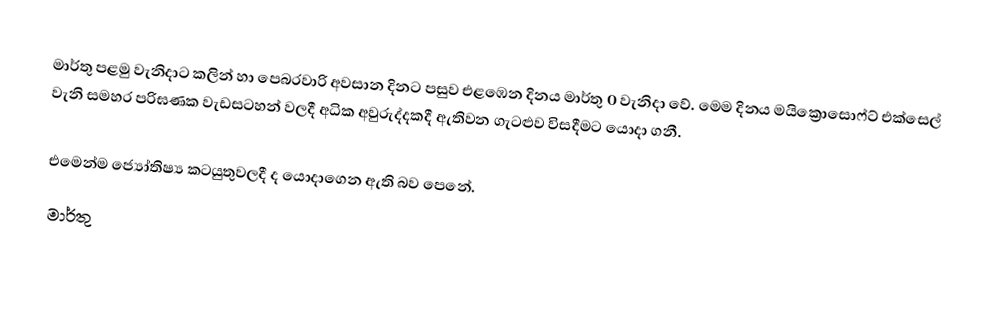
මාර්තු පළමු වැනිදාට කලින් හා පෙබරවාරි අවසාන දිනට පසුව එළඹෙන දිනය මාර්තු 0 වැනිදා වේ. මෙම දිනය මයික්‍රොසොෆ්ට් එක්සෙල් වැනි සමහර පරිඝණක වැඩසටහන් වලදී අධික අවුරුද්දකදී ඇතිවන ගැටළුව විසදීමට යොදා ගනී.

එමෙන්ම ජ්‍යෝතිෂ්‍ය කටයුතුවලදී ද යොදාගෙන ඇති බව පෙනේ.
මාර්තු